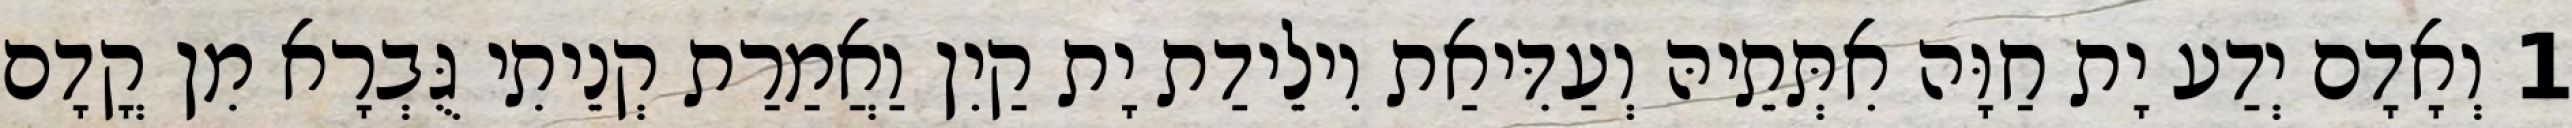
1 וְאָדָם יְדַע יָת חַוָּה אִתְּתֵיהּ וְעַדִּיאַת וִילֵידַת יָת קַיִן וַאֲמַרַת קְנֵיתִי גֻּבְרָא מִן קֳדָם